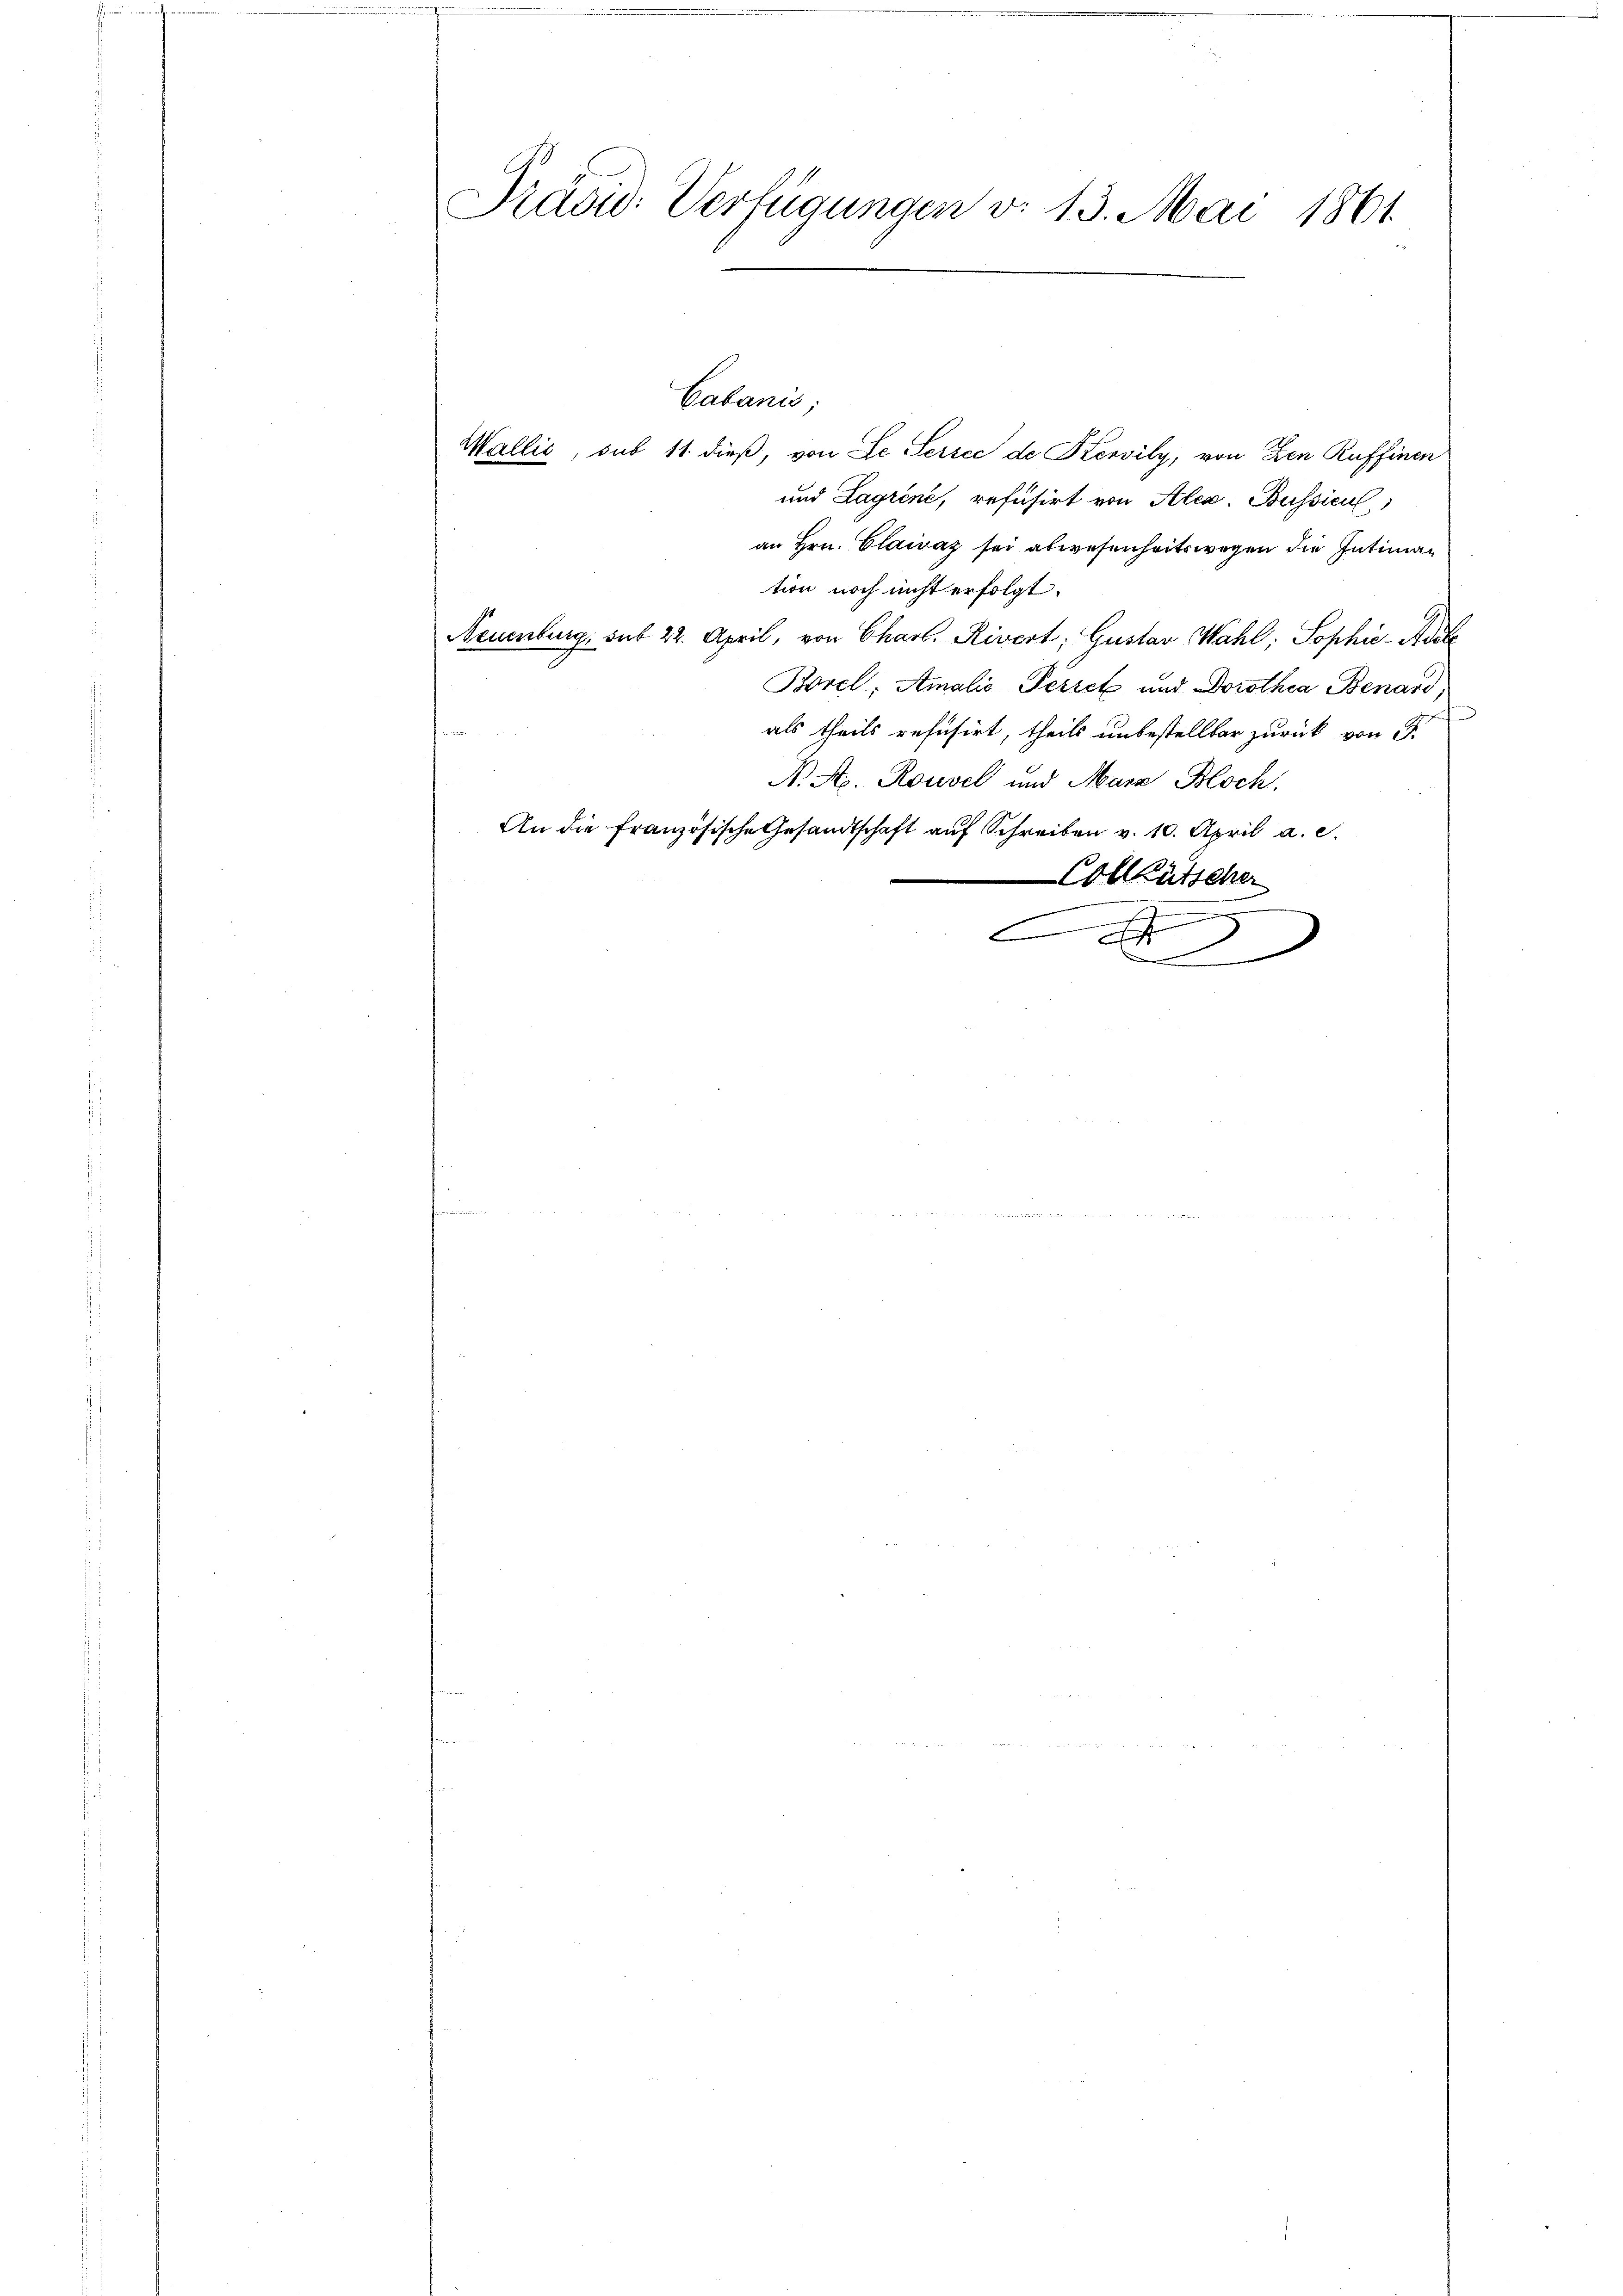
Präsid. Verfügungen v. 13. Mai 1861

Cabanis;
Wallić, sub 11. dieß, von Le Sersee de Kervily, von Den Ruffinen
und Lagrine, refusirt von Alex. Bussicul
an Hrn. Clawaz sei abwesenheitswegen die Intimation noch nicht erfolgt.
Neuenburg, sub 22. April, von Charl. Rivert; Gustav Wahl, Sophie-Adete
Borel, Amalis Periek und Dorothea Benard,
als theils refusirt, theils unbestellbar zurück von d
N. A. Rousel und Mara Bloch,
An die französische Gesandtschaft auf Schreiben v. 10. April a. c.
Collütscher
d
C
i